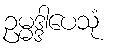
ဥမ္မဒ္ဒါပေသုံ